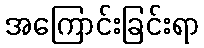
အကြောင်းခြင်းရာ